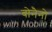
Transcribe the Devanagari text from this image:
बोनैनो